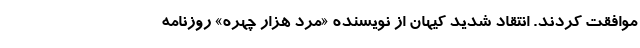
موافقت کردند. انتقاد شدید کیهان از نویسنده «مرد هزار چهره» روزنامه